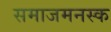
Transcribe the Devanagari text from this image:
समाजमनस्क